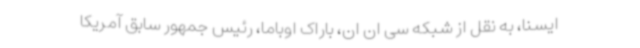
ایسنا، به نقل از شبکه سی ان ان، باراک اوباما، رئیس جمهور سابق آمریکا